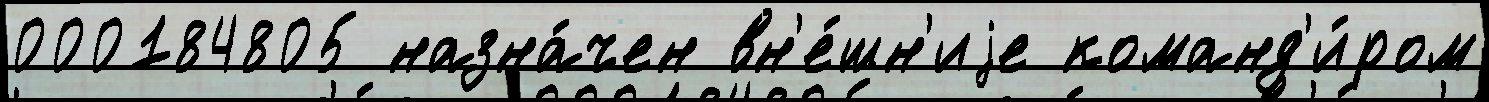
000184805 назна́чен вн'е́шн'иjе команд'и́ром